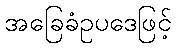
အခြေခံဥပဒေဖြင့်